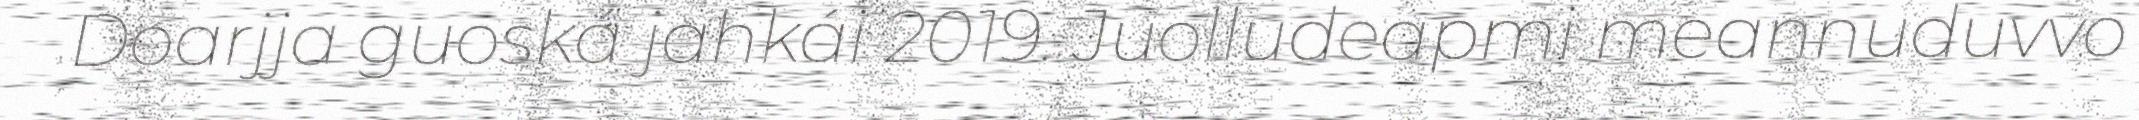
Doarjja guoská jahkái 2019. Juolludeapmi meannuduvvo